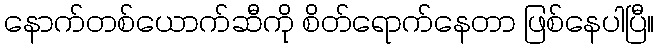
နောက်တစ်ယောက်ဆီကို စိတ်ရောက်နေတာ ဖြစ်နေပါပြီ။